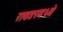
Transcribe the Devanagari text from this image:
रायडरमध्ये